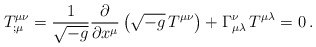
\begin{align*}T^{\mu\nu}_{;\mu} = \frac{1}{\sqrt{-g}} \frac{\partial}{\partial x^\mu} \left( \sqrt{-g} \, T^{\mu\nu} \right) + \Gamma^{\nu}_{\mu\lambda} \, T^{\mu\lambda} = 0 \>.\end{align*}